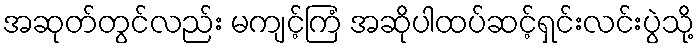
အဆုတ်တွင်လည်း မကျင့်ကြံ အဆိုပါထပ်ဆင့်ရှင်းလင်းပွဲသို့